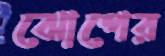
ঝোপের